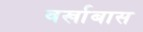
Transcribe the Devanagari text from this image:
वर्खाबास